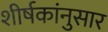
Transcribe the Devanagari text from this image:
शीर्षकांनुसार